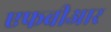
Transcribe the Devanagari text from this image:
एफबीआर